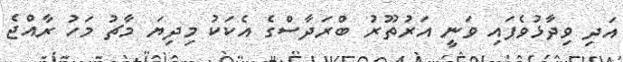
އަދި ވިދާޅުވެފައި ވަނީ އަރުތޫރު ބްރަދާސްގެ އެކަކު މިދިޔަ މާޗު މަހު ރާއްޖެ